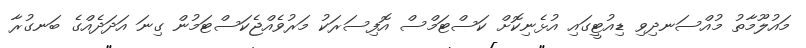
މައުލޫމާތު މުއްސަނދިވި ޑިއުޓީގައި އުޅެނިކޮށް ކަސްޓަމްސް އޮފިސަރަކު މަރުވެއްޖެކަސްޓަމުން ގިނަ އަދަދެއްގެ ބަނގުރާ